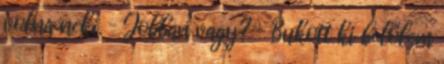
volna neki. – Jobban vagy? – Bukott ki belőlem